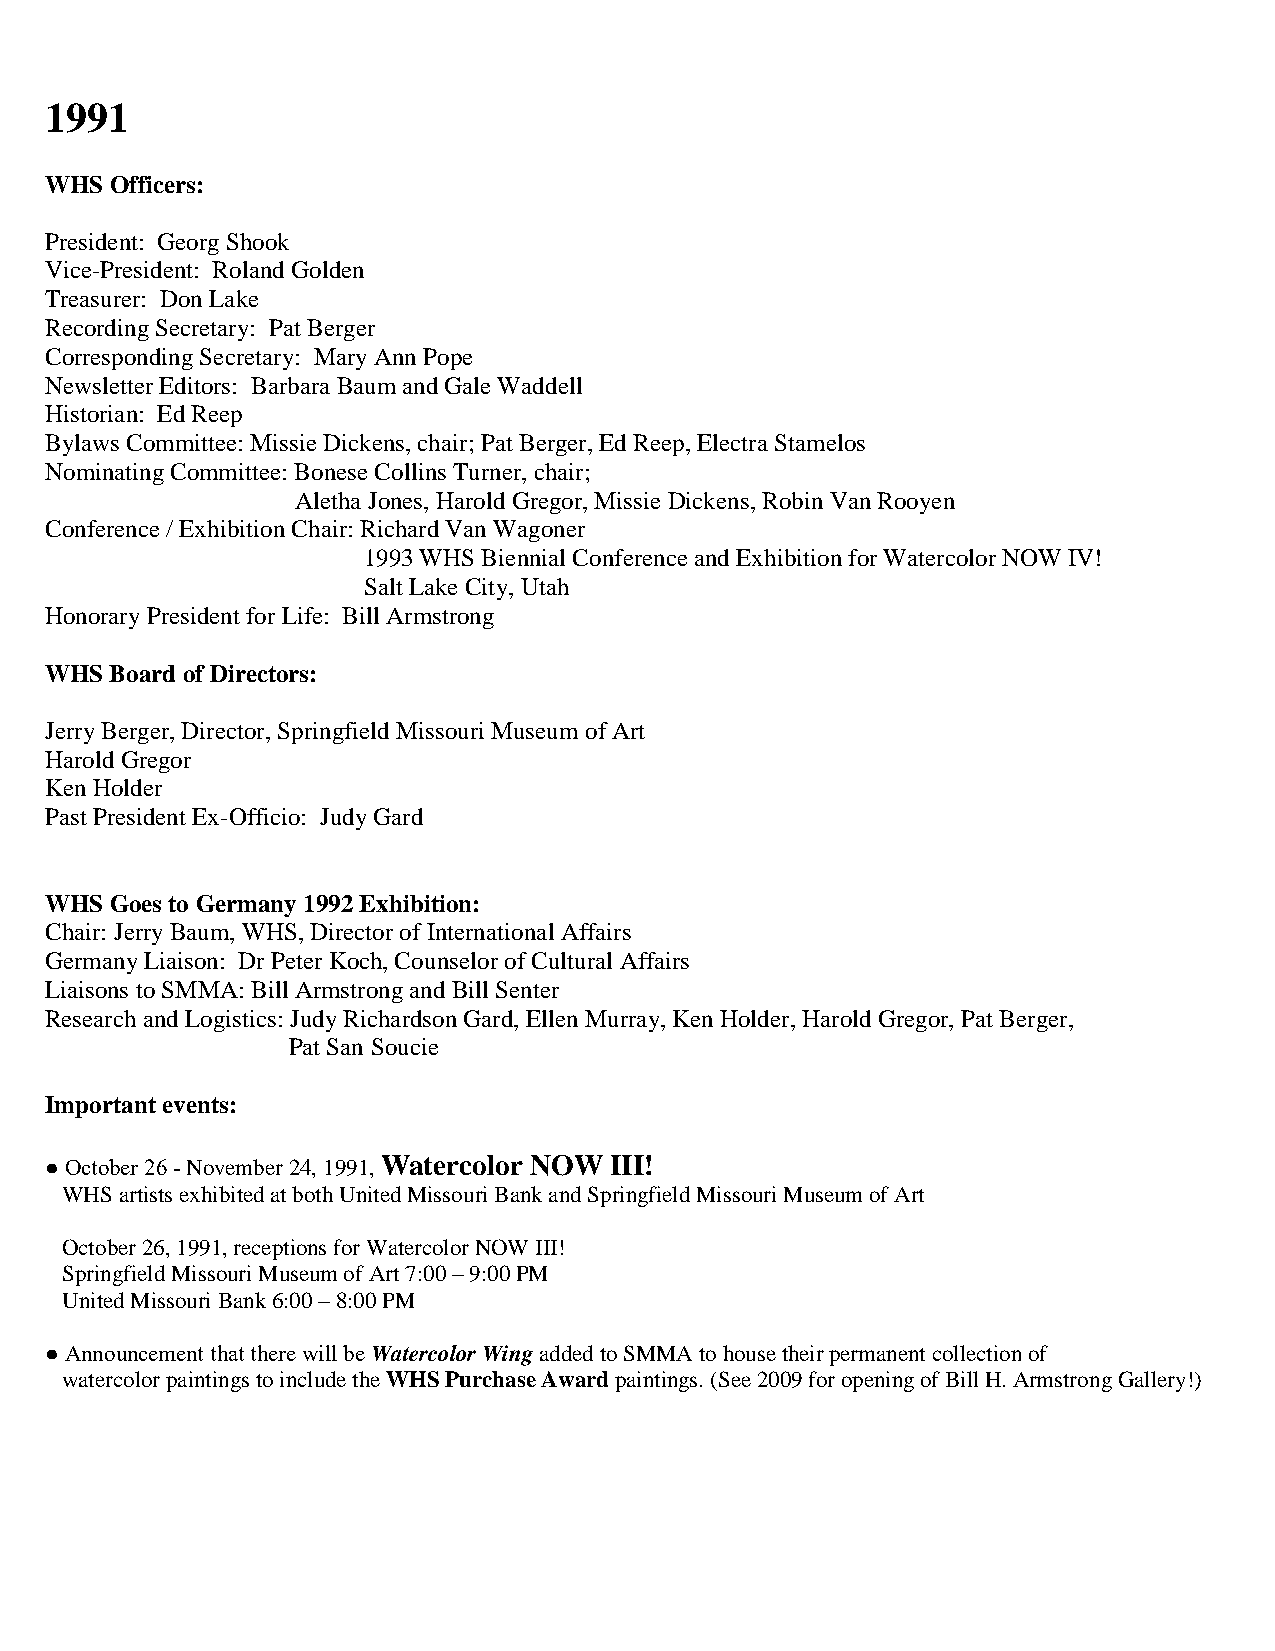
1991
 WHS Officers:
 President: Georg Shook
 Vice-President: Roland Golden
 Treasurer: Don Lake
 Recording Secretary: Pat Berger
 Corresponding Secretary: Mary Ann Pope
 Newsletter Editors: Barbara Baum and Gale Waddell
 Historian: Ed Reep
 Bylaws Committee: Missie Dickens, chair; Pat Berger, Ed Reep, Electra Stamelos
 Nominating Committee: Bonese Collins Turner, chair;
 Aletha Jones, Harold Gregor, Missie Dickens, Robin Van Rooyen
 Conference / Exhibition Chair: Richard Van Wagoner
 1993 WHS Biennial Conference and Exhibition for Watercolor NOW IV!
 Salt Lake City, Utah
 Honorary President for Life: Bill Armstrong
 WHS Board of Directors:
 Jerry Berger, Director, Springfield Missouri Museum of Art
 Harold Gregor
 Ken Holder
 Past President Ex-Officio: Judy Gard
 WHS Goes to Germany 1992 Exhibition:
 Chair: Jerry Baum, WHS, Director of International Affairs
 Germany Liaison: Dr Peter Koch, Counselor of Cultural Affairs
 Liaisons to SMMA: Bill Armstrong and Bill Senter
 Research and Logistics: Judy Richardson Gard, Ellen Murray, Ken Holder, Harold Gregor, Pat Berger,
 Pat San Soucie
 Important events:
 ● October 26 - November 24, 1991, Watercolor NOW III!
 WHS artists exhibited at both United Missouri Bank and Springfield Missouri Museum of Art
 October 26, 1991, receptions for Watercolor NOW III!
 Springfield Missouri Museum of Art 7:00 – 9:00 PM
 United Missouri Bank 6:00 – 8:00 PM
 ● Announcement that there will be Watercolor Wing added to SMMA to house their permanent collection of
 watercolor paintings to include the WHS Purchase Award paintings. (See 2009 for opening of Bill H. Armstrong Gallery!)